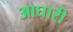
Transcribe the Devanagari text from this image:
आघारी